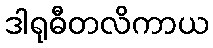
ဒါရုဓီတလိကာယ